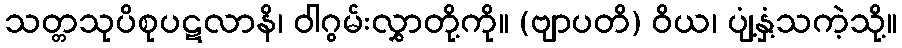
သတ္တသုပိစုပဋလာနိ၊ ဝါဂွမ်းလွှာတို့ကို။ (ဗျာပတိ) ဝိယ၊ ပျံ့နှံ့သကဲ့သို့။